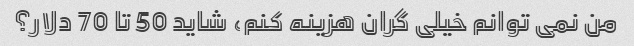
من نمی توانم خیلی گران هزینه کنم، شاید 50 تا 70 دلار؟